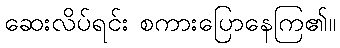
ဆေးလိပ်ရင်း စကားပြောနေကြ၏။